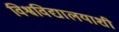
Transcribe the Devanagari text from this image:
विश्वविद्यालयाशी